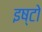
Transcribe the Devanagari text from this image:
इष्टो